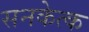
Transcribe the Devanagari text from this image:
सनकेत्क